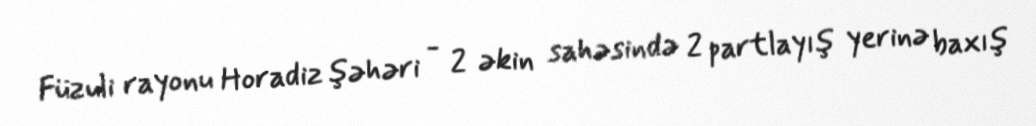
Füzuli rayonu Horadiz şəhəri - 2 əkin sahəsində 2 partlayış yerinə baxış